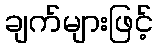
ချက်များဖြင့်